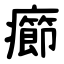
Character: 癤